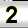
Digit: 2